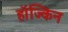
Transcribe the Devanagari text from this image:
हॉज्किन